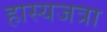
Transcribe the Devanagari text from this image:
हास्यजत्रा